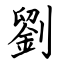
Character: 劉